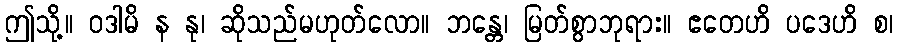
ဤသို့။ ဝဒါမိ န နု၊ ဆိုသည်မဟုတ်လော။ ဘန္တေ၊ မြတ်စွာဘုရား။ ဧတေဟိ ပဒေဟိ စ၊